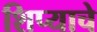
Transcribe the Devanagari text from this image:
शिप्याचे